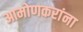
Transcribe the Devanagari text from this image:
आमोणकरांना